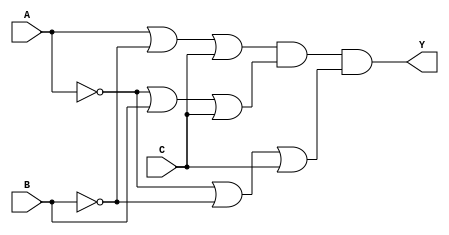
module pos_logic (
    input wire A,  // Input A
    input wire B,  // Input B
    input wire C,  // Input C
    output wire Y  // Output Y
);

// Intermediate signals for the sum terms
wire sum_term1; // Represents (A + B' + C)
wire sum_term2; // Represents (A' + B + C)
wire sum_term3; // Represents (A' + B' + C)

// Define the sum terms using OR gates
assign sum_term1 = A | (~B) | C; // (A + B' + C)
assign sum_term2 = (~A) | B | C; // (A' + B + C)
assign sum_term3 = (~A) | (~B) | C; // (A' + B' + C)

// Final output Y is the AND of the sum terms
assign Y = sum_term1 & sum_term2 & sum_term3; // (A + B' + C)(A' + B + C)(A' + B' + C)

endmodule